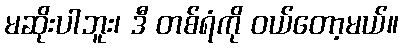
မဆိုးပါဘူး၊ ဒီ တစ်ရံကို ဝယ်တော့မယ်။